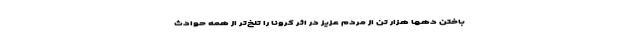
باختن دهها هزار تن از مردم عزیز در اثر کرونا را تلخ‌تر از همه حوادث